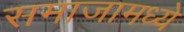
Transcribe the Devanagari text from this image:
समाजामध्‍ये